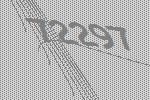
72297